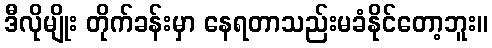
ဒီလိုမျိုး တိုက်ခန်းမှာ နေရတာသည်းမခံနိုင်တော့ဘူး။